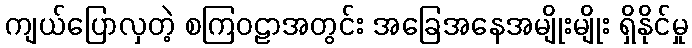
ကျယ်ပြောလှတဲ့ စကြဝဠာအတွင်း အခြေအနေအမျိုးမျိုး ရှိနိုင်မှု